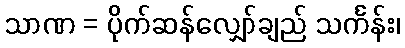
သာဏ = ပိုက်ဆန်လျှော်ချည် သင်္ကန်း၊